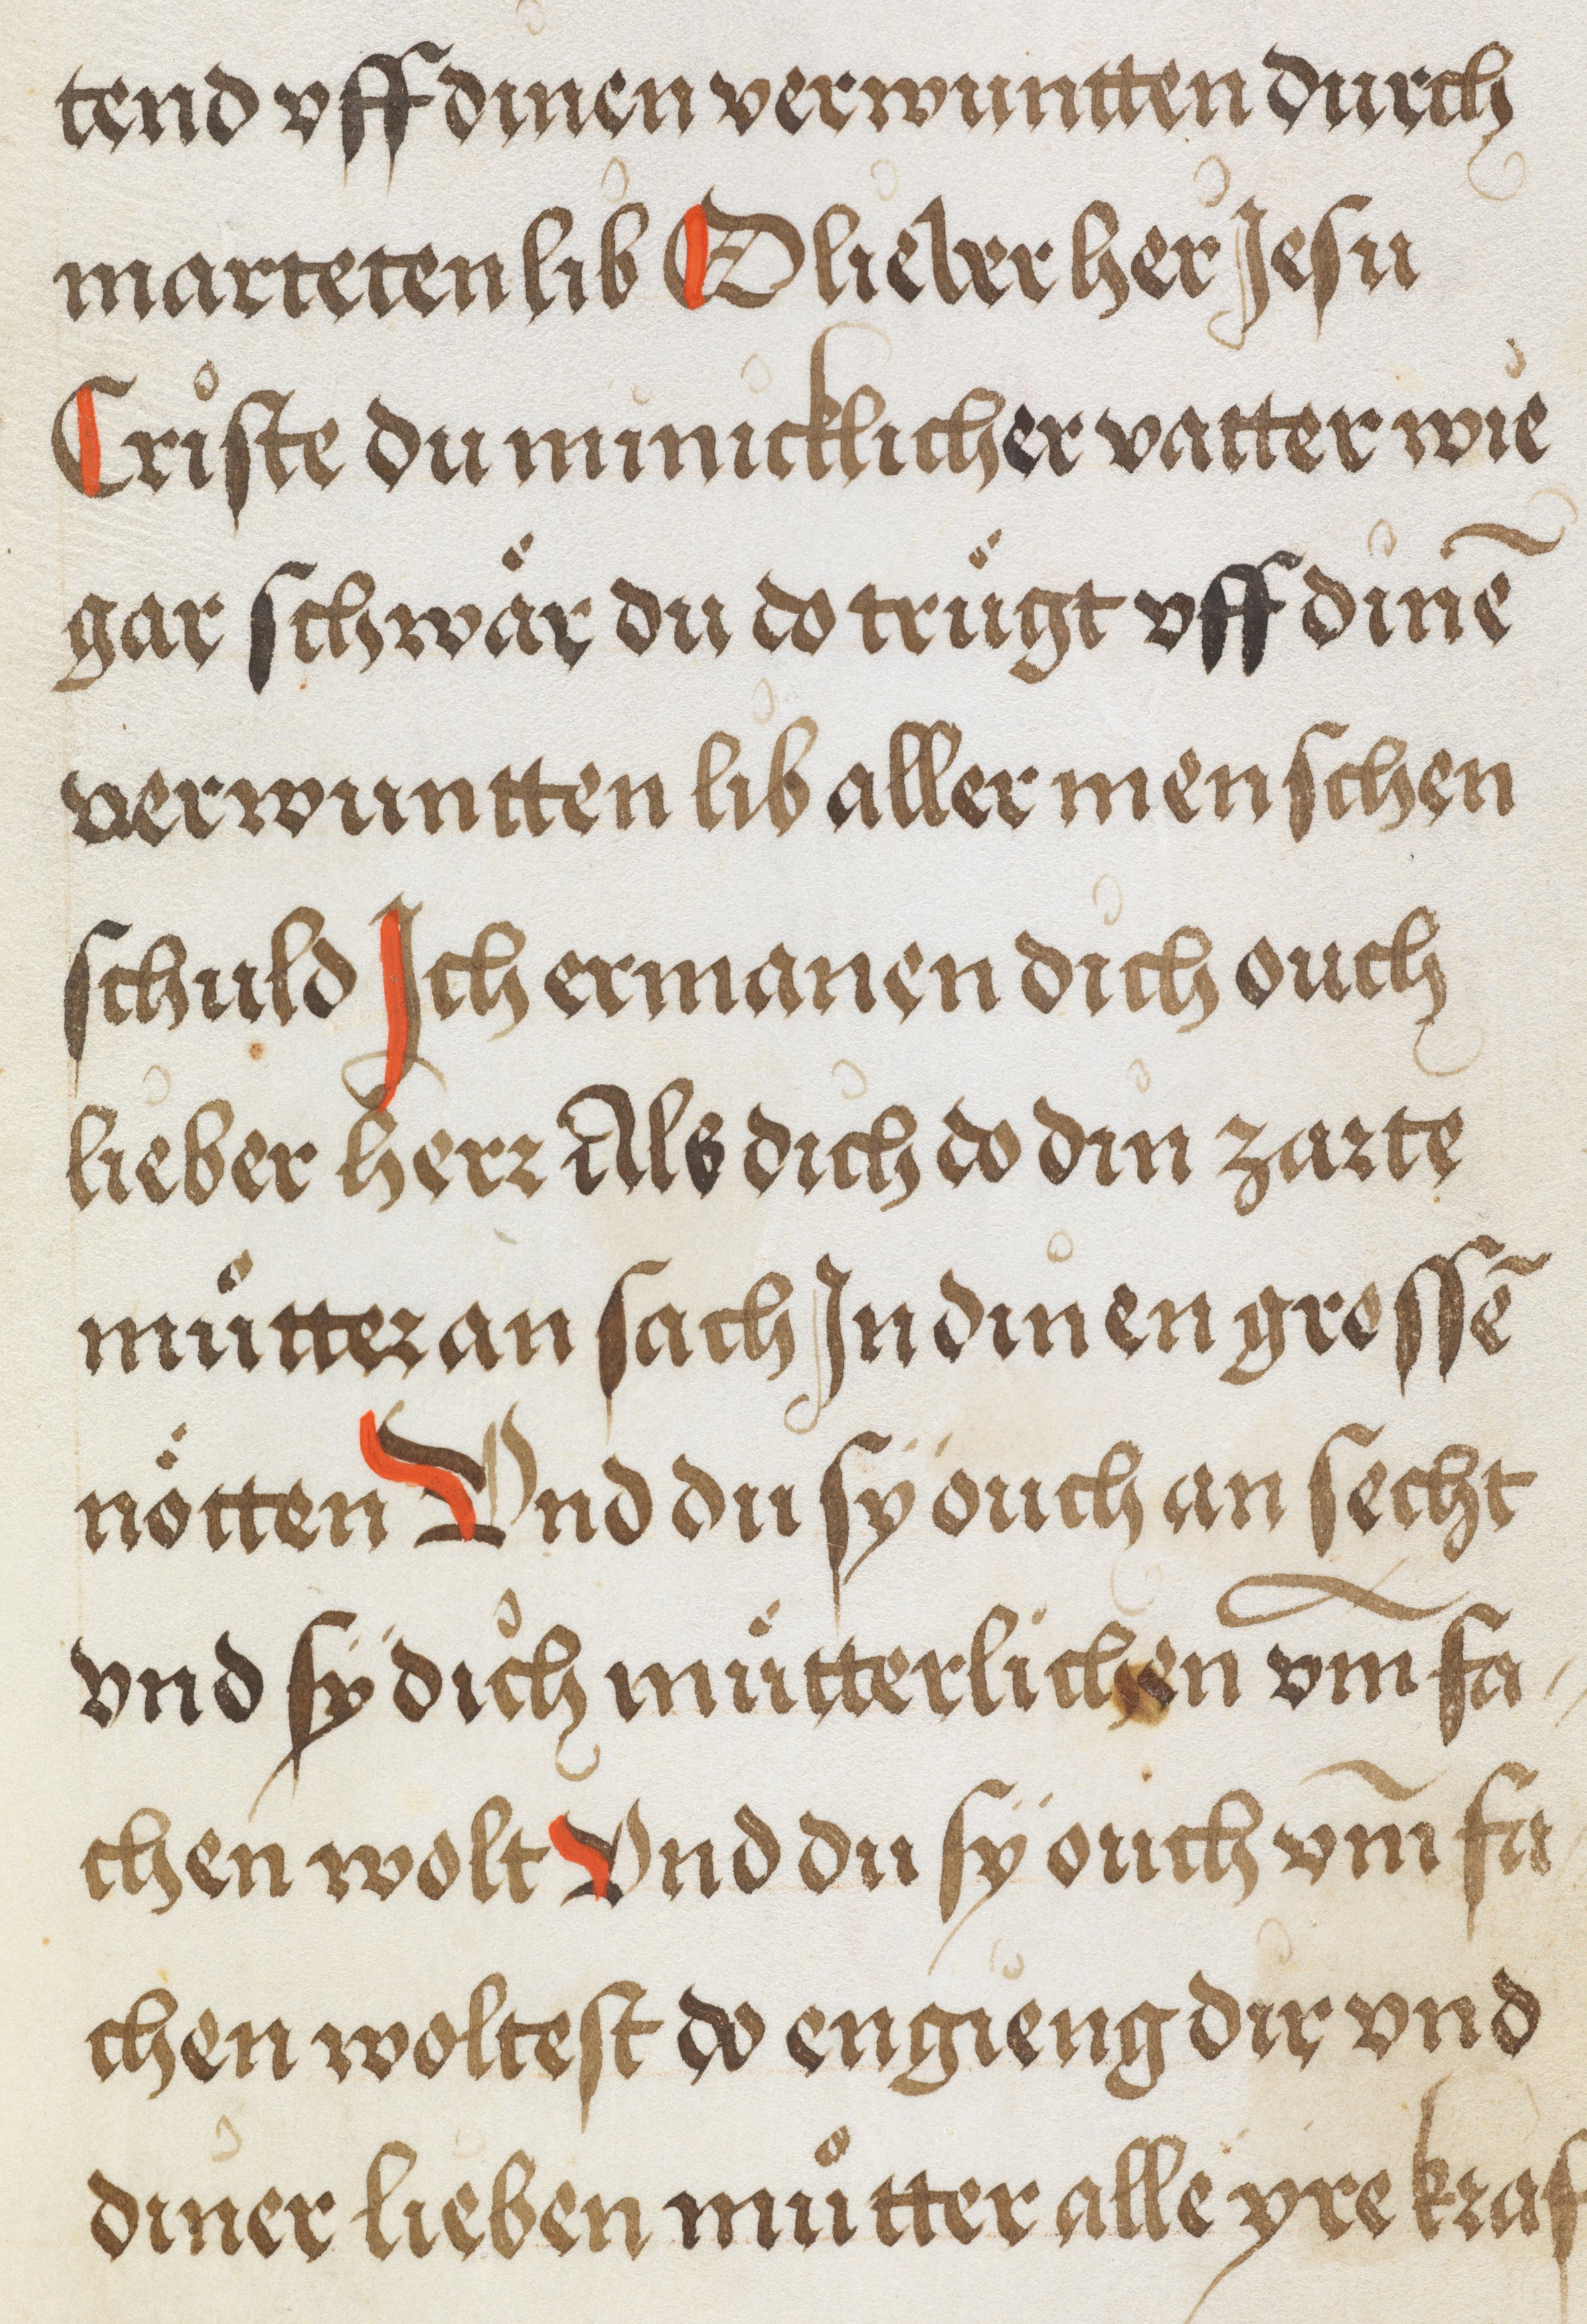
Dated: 1500–1530